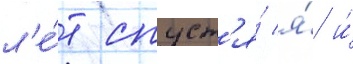
л'е́т спуст'я́ я́ и́